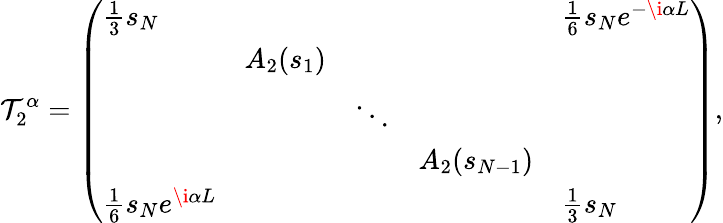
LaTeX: \mathcal{T}_{2}^{\alpha}=\left(\begin{array}{lllll}{\frac{1}{3}s_{N}}&&&&{\frac{1}{6}s_{N}e^{-\i\alpha L}}\\ &{A_{2}(s_{1})}&&&\\ &&{\ddots}&&\\ &&&{A_{2}(s_{N-1})}&\\ {\frac{1}{6}s_{N}e^{\i\alpha L}}&&&&{\frac{1}{3}s_{N}}\end{array}\right),